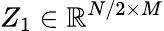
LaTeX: Z_{1}\in\mathbb R^{N/2\times M}